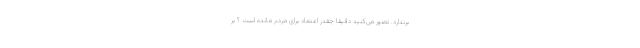
برندارد. تصور می‌کنید دقیقاً چقدر اعتماد برای مردم مانده است ؟ بر